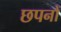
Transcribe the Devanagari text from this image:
छपनों